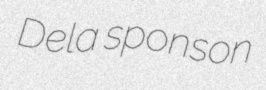
Dela sponson